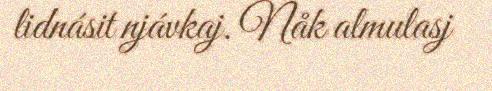
lidnásit njávkaj. Nåk almulasj